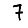
Digit: 7